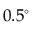
0 . 5 ^ { \circ }